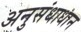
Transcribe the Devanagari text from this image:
अनुसंधाधान